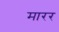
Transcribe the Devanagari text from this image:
मारर